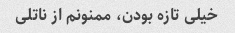
خیلی تازه بودن، ممنونم از ناتلی